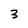
Character: 3